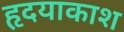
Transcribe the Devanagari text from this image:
हृदयाकाश